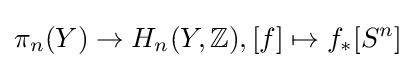
\pi _{n}(Y)\rightarrow H_{n}(Y,\mathbb {Z} ),[f]\mapsto f_{*}[S^{n}]